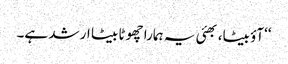
‘‘آؤ بیٹا، بھئی یہ ہمارا چھوٹا بیٹا ارشد ہے۔